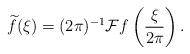
LaTeX: \begin{align*}\widetilde{f} (\xi)= (2 \pi)^{-1} \mathcal{F}f \left(\frac{\xi}{2 \pi} \right).\end{align*}